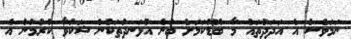
ނަމަވެސް އެ އަދަދުތައް މާ ބޮޑުކަމަށް ބުނެ އުޅަނދުތަކުން ޝަކުވާ ކުރުމުން އެ